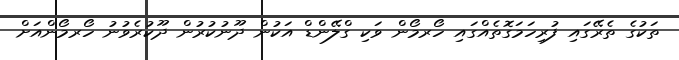
ތަކުގެ ތެރޭގައި ފުރިހަމަގޮތެއްގައި ހޯރމޯން ވަކި ގްލޭންޑް އަކުން ދޫނުކުރުން ދޫކުރެވުނު ހޯރމޯންއަށް